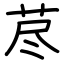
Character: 荩